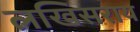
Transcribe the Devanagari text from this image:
लखिसराय